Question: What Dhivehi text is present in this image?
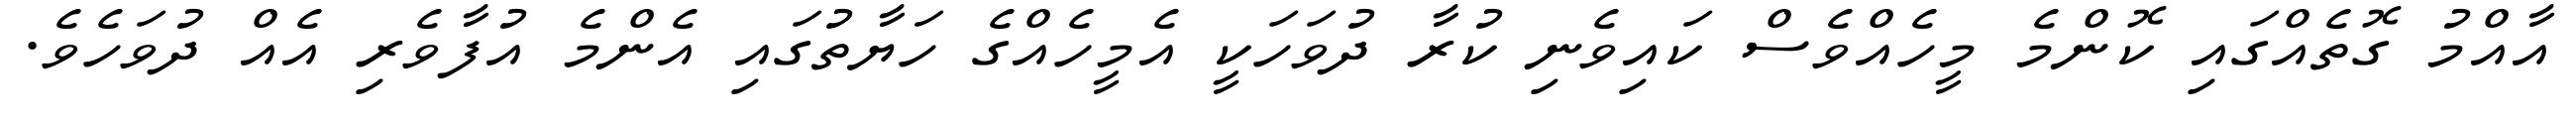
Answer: އާއްމު ގޮތެއްގައި ކޮންމެ މީހެއްވެސް ކައިވެނި ކުރާ ދުވަހަކީ އެމީހެއްގެ ހަޔާތުގައި އެންމެ އުފާވެރި އެއް ދުވަހެވެ.